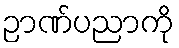
ဉာဏ်ပညာကို